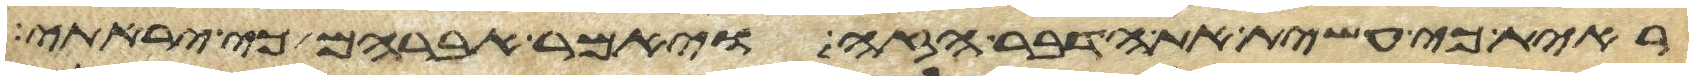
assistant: ראית כי עשית את הדבר הזה ויאמר אברהם כי יראתי